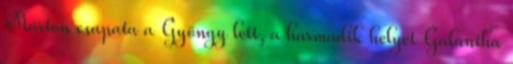
Márton csapata a Gyöngy lett, a harmadik helyet Galántha